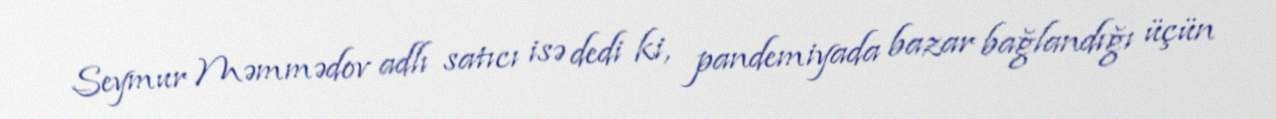
Seymur Məmmədov adlı satıcı isə dedi ki, pandemiyada bazar bağlandığı üçün